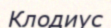
Клодиус